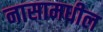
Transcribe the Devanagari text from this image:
नासामधील